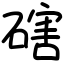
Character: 磍